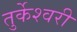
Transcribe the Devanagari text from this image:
तुर्केश्वरी